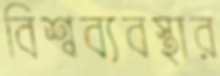
বিশ্বব্যবস্থার